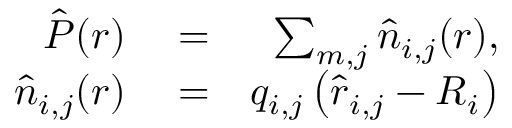
\begin{array} { r l r } { \hat { \boldsymbol P } ( \boldsymbol r ) } & { { } = } & { \sum _ { m , j } \hat { \boldsymbol n } _ { i , j } ( \boldsymbol r ) , } \\ { \hat { \boldsymbol n } _ { i , j } ( \boldsymbol r ) } & { { } = } & { q _ { i , j } \left( \hat { \boldsymbol r } _ { i , j } - \boldsymbol R _ { i } \right) } \end{array}